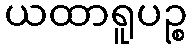
ယထာရူပဉ္စ